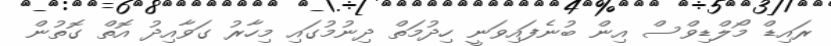
ރައިޑް މޯލްޑިވްސް އިން ބުނެފައިވަނީ ހިދުމަތް ދިނުމުގައި މިހާރު ގަވާއިދު އޮތް ގޮތުން